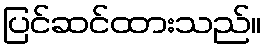
ပြင်ဆင်ထားသည်။